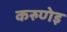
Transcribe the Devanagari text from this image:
करुणेइ